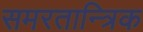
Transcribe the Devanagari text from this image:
समरतान्त्रिक